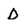
Character: D